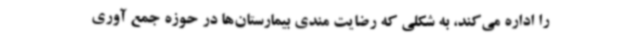
را اداره می‌کند، به شکلی که رضایت مندی بیمارستان‌ها در حوزه جمع آوری